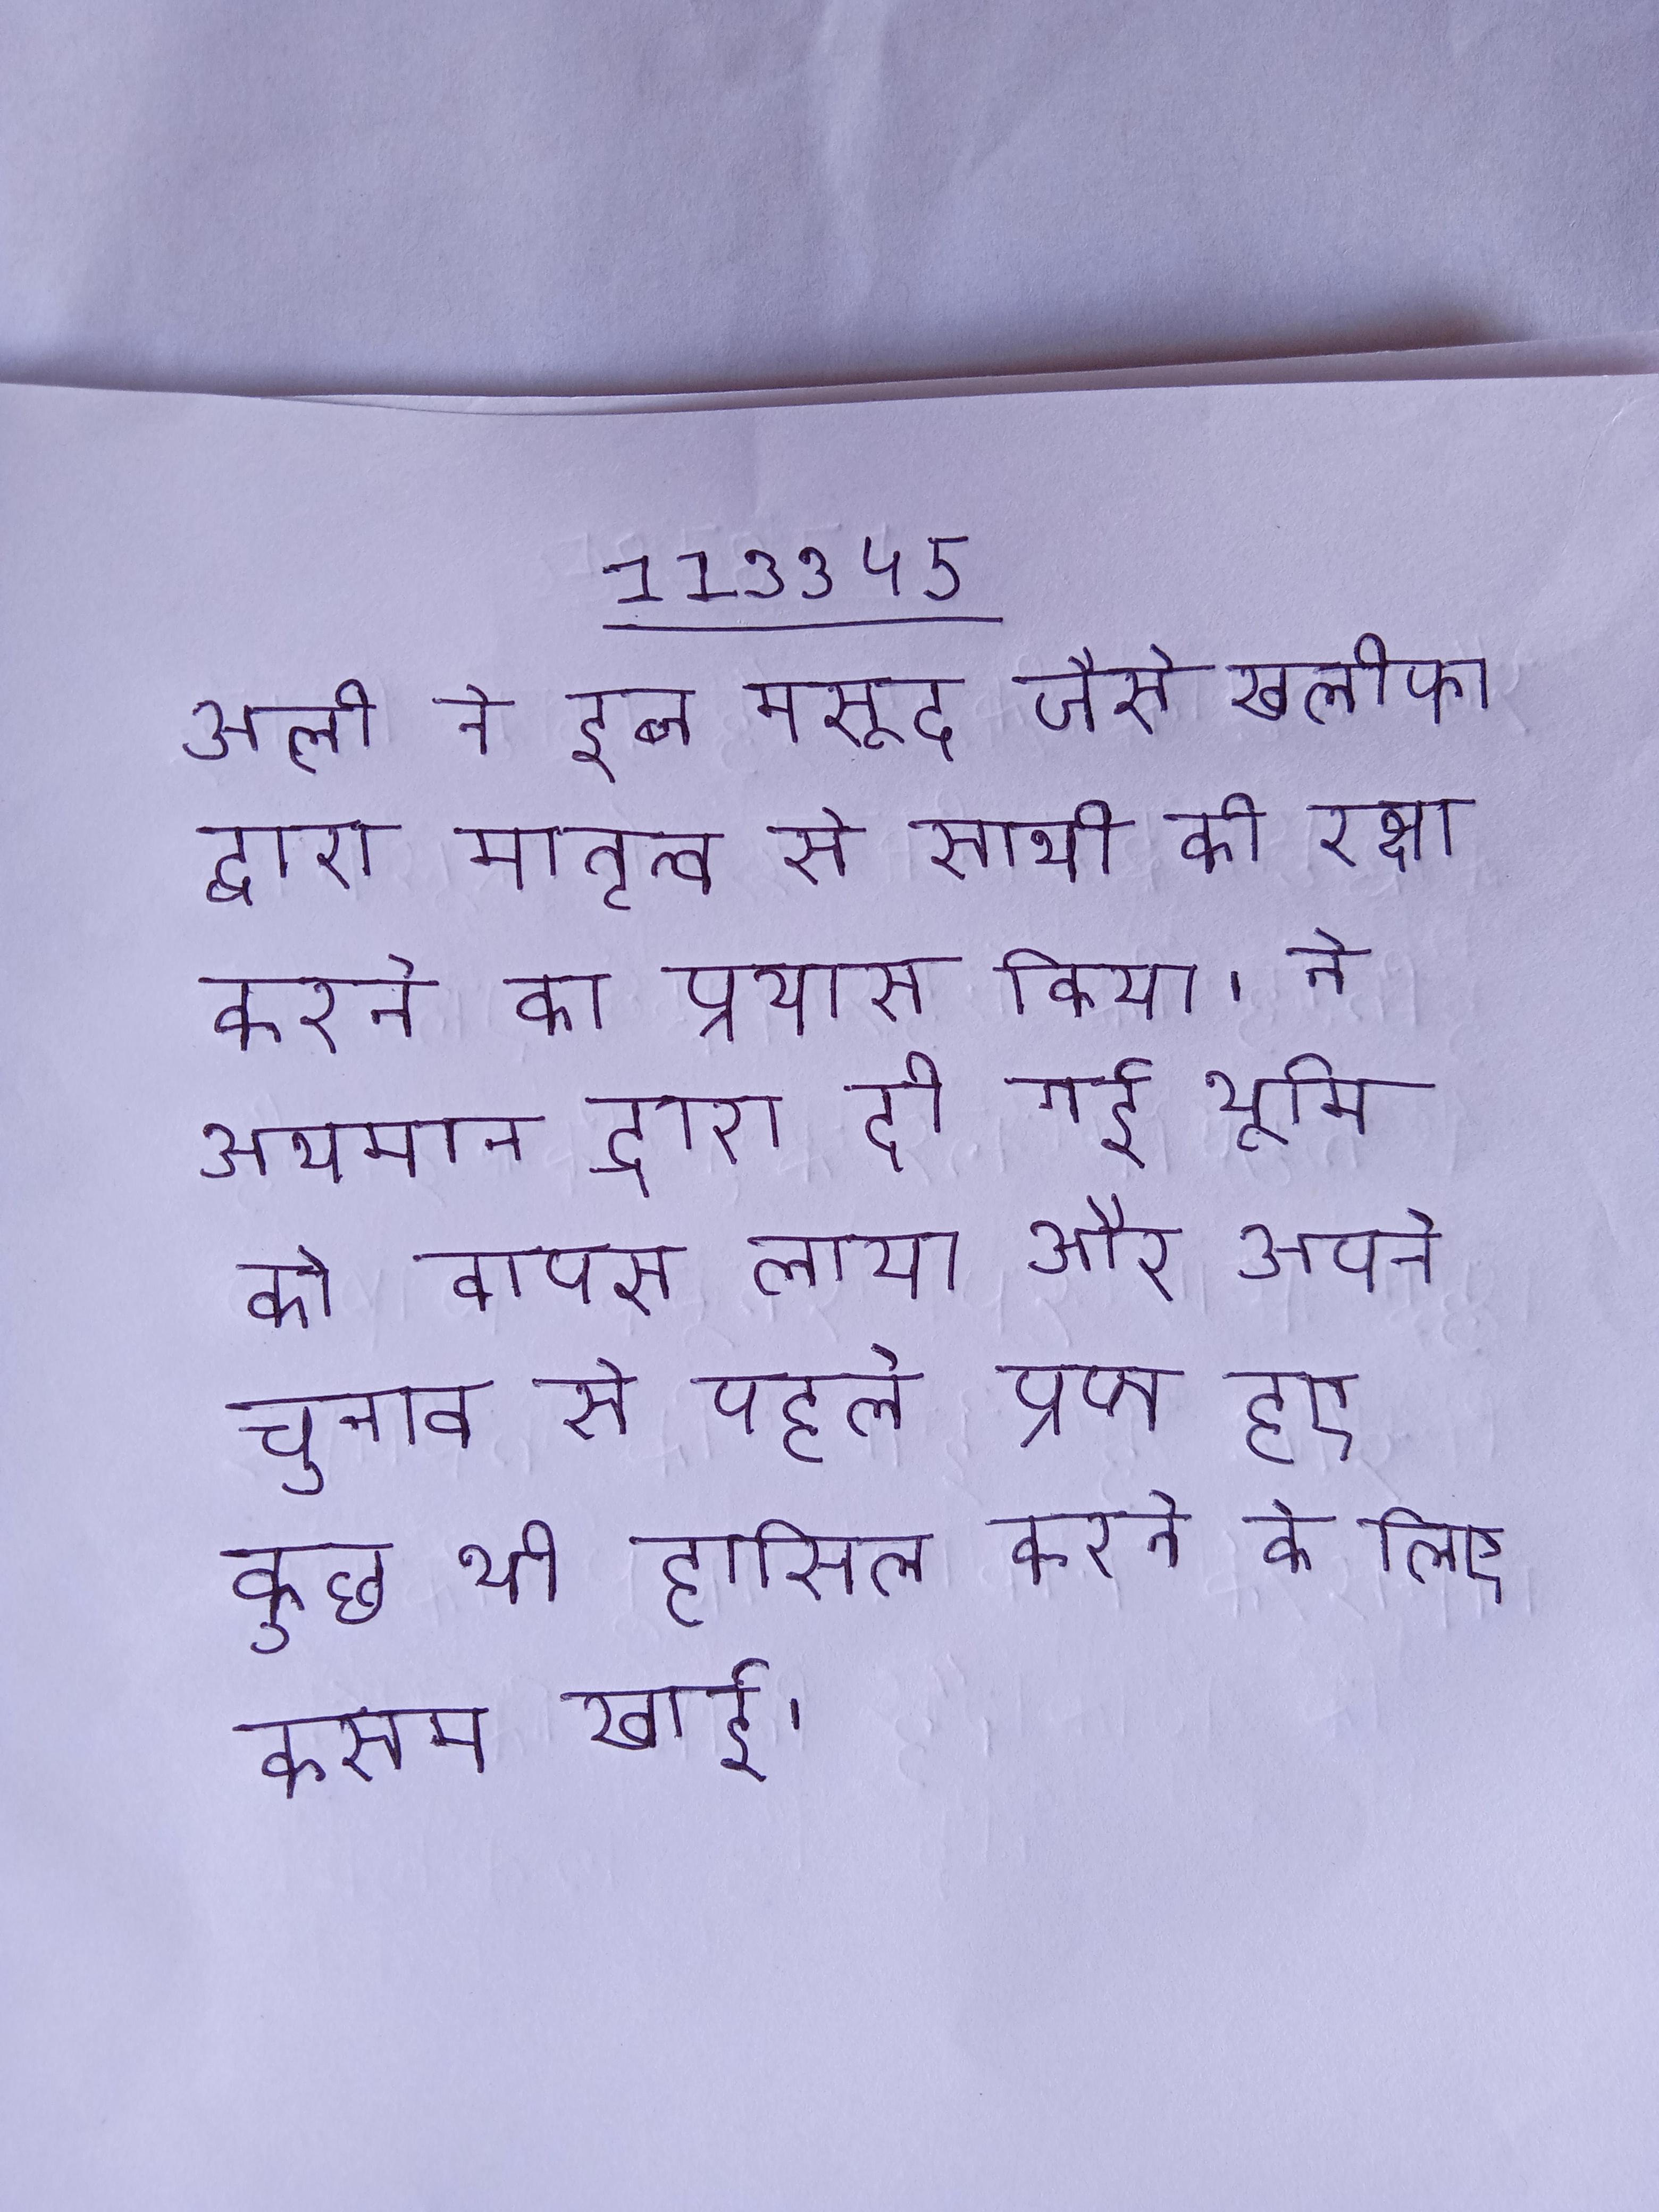
अली ने इब्न मसूद जैसे खलीफा द्वारा मातृत्व से साथी की रक्षा करने का प्रयास किया । ने उथमान द्वारा दी गई भूमि को वापस लाया और अपने चुनाव से पहले प्राप्त हुए कुछ भी हासिल करने के लिए कसम खाई ।